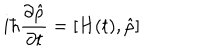
LaTeX: i \hbar \frac { \partial \hat { \rho } } { \partial t } = \left[ H ( t ) , \hat { \rho } \right]